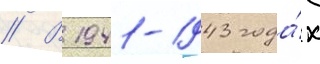
// В 1941-1943 года́х